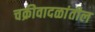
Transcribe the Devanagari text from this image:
चक्रीवादळांतील